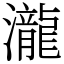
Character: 瀧